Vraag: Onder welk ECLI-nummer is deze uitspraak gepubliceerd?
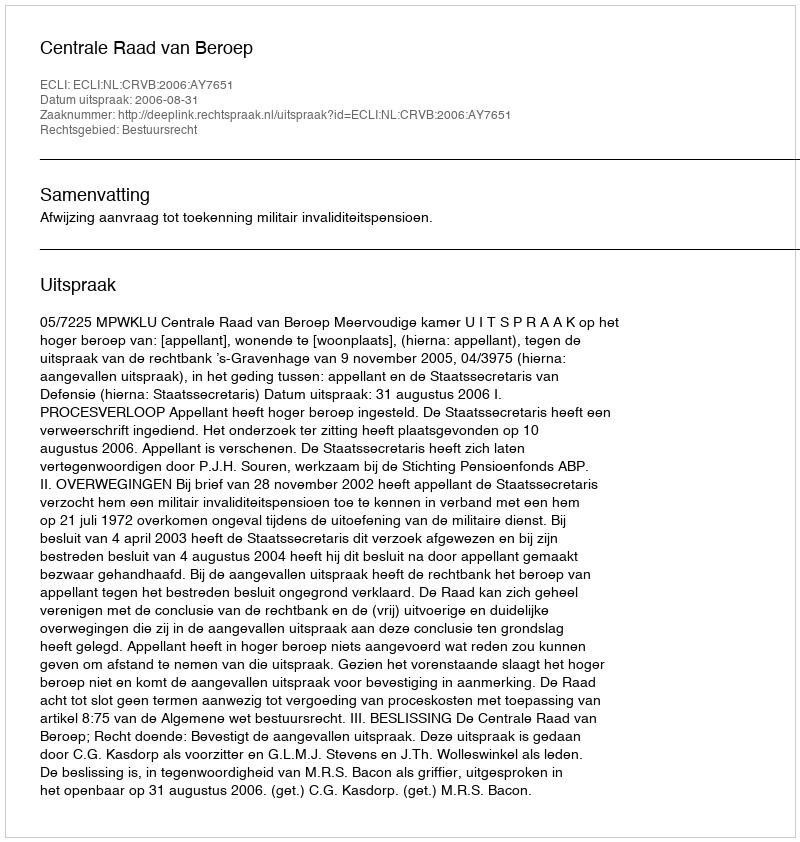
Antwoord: ECLI:NL:CRVB:2006:AY7651